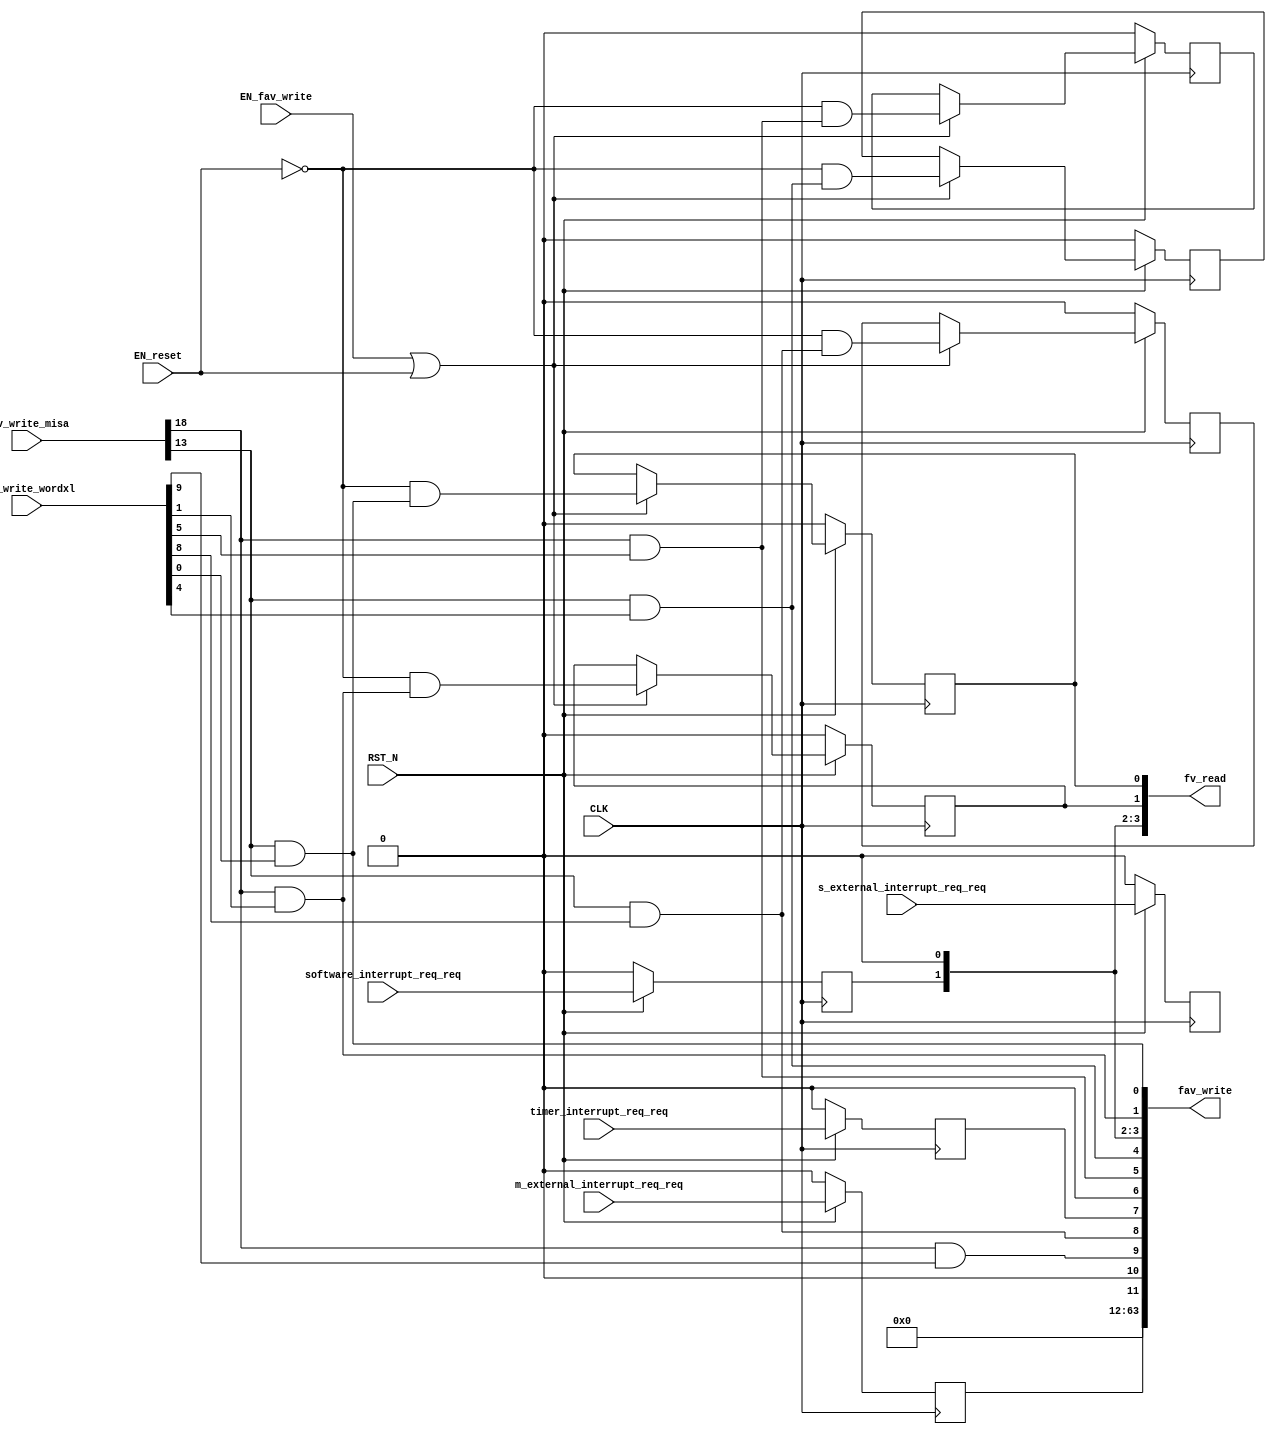
//
// Generated by Bluespec Compiler, version 2018.10.beta1 (build e1df8052c, 2018-10-17)
//
//
//
//
// Ports:
// Name                         I/O  size props
// fv_read                        O    64
// fav_write                      O    64
// CLK                            I     1 clock
// RST_N                          I     1 reset
// fav_write_misa                 I    28
// fav_write_wordxl               I    64
// m_external_interrupt_req_req   I     1 reg
// s_external_interrupt_req_req   I     1 reg
// software_interrupt_req_req     I     1 reg
// timer_interrupt_req_req        I     1 reg
// EN_reset                       I     1
// EN_fav_write                   I     1
//
// Combinational paths from inputs to outputs:
//   (fav_write_misa, fav_write_wordxl) -> fav_write
//
//

`ifdef BSV_ASSIGNMENT_DELAY
`else
  `define BSV_ASSIGNMENT_DELAY
`endif

`ifdef BSV_POSITIVE_RESET
  `define BSV_RESET_VALUE 1'b1
  `define BSV_RESET_EDGE posedge
`else
  `define BSV_RESET_VALUE 1'b0
  `define BSV_RESET_EDGE negedge
`endif

module mkCSR_MIP(CLK,
		 RST_N,

		 EN_reset,

		 fv_read,

		 fav_write_misa,
		 fav_write_wordxl,
		 EN_fav_write,
		 fav_write,

		 m_external_interrupt_req_req,

		 s_external_interrupt_req_req,

		 software_interrupt_req_req,

		 timer_interrupt_req_req);
  input  CLK;
  input  RST_N;

  // action method reset
  input  EN_reset;

  // value method fv_read
  output [63 : 0] fv_read;

  // actionvalue method fav_write
  input  [27 : 0] fav_write_misa;
  input  [63 : 0] fav_write_wordxl;
  input  EN_fav_write;
  output [63 : 0] fav_write;

  // action method m_external_interrupt_req
  input  m_external_interrupt_req_req;

  // action method s_external_interrupt_req
  input  s_external_interrupt_req_req;

  // action method software_interrupt_req
  input  software_interrupt_req_req;

  // action method timer_interrupt_req
  input  timer_interrupt_req_req;

  // signals for module outputs
  wire [63 : 0] fav_write, fv_read;

  // register rg_meip
  reg rg_meip;
  wire rg_meip$D_IN, rg_meip$EN;

  // register rg_msip
  reg rg_msip;
  wire rg_msip$D_IN, rg_msip$EN;

  // register rg_mtip
  reg rg_mtip;
  wire rg_mtip$D_IN, rg_mtip$EN;

  // register rg_seip
  reg rg_seip;
  wire rg_seip$D_IN, rg_seip$EN;

  // register rg_ssip
  reg rg_ssip;
  wire rg_ssip$D_IN, rg_ssip$EN;

  // register rg_stip
  reg rg_stip;
  wire rg_stip$D_IN, rg_stip$EN;

  // register rg_ueip
  reg rg_ueip;
  wire rg_ueip$D_IN, rg_ueip$EN;

  // register rg_usip
  reg rg_usip;
  wire rg_usip$D_IN, rg_usip$EN;

  // register rg_utip
  reg rg_utip;
  wire rg_utip$D_IN, rg_utip$EN;

  // rule scheduling signals
  wire CAN_FIRE_fav_write,
       CAN_FIRE_m_external_interrupt_req,
       CAN_FIRE_reset,
       CAN_FIRE_s_external_interrupt_req,
       CAN_FIRE_software_interrupt_req,
       CAN_FIRE_timer_interrupt_req,
       WILL_FIRE_fav_write,
       WILL_FIRE_m_external_interrupt_req,
       WILL_FIRE_reset,
       WILL_FIRE_s_external_interrupt_req,
       WILL_FIRE_software_interrupt_req,
       WILL_FIRE_timer_interrupt_req;

  // remaining internal signals
  wire [11 : 0] new_mip__h524, new_mip__h942;
  wire seip__h558, ssip__h562, stip__h560, ueip__h559, usip__h563, utip__h561;

  // action method reset
  assign CAN_FIRE_reset = 1'd1 ;
  assign WILL_FIRE_reset = EN_reset ;

  // value method fv_read
  assign fv_read = { 52'd0, new_mip__h524 } ;

  // actionvalue method fav_write
  assign fav_write = { 52'd0, new_mip__h942 } ;
  assign CAN_FIRE_fav_write = 1'd1 ;
  assign WILL_FIRE_fav_write = EN_fav_write ;

  // action method m_external_interrupt_req
  assign CAN_FIRE_m_external_interrupt_req = 1'd1 ;
  assign WILL_FIRE_m_external_interrupt_req = 1'd1 ;

  // action method s_external_interrupt_req
  assign CAN_FIRE_s_external_interrupt_req = 1'd1 ;
  assign WILL_FIRE_s_external_interrupt_req = 1'd1 ;

  // action method software_interrupt_req
  assign CAN_FIRE_software_interrupt_req = 1'd1 ;
  assign WILL_FIRE_software_interrupt_req = 1'd1 ;

  // action method timer_interrupt_req
  assign CAN_FIRE_timer_interrupt_req = 1'd1 ;
  assign WILL_FIRE_timer_interrupt_req = 1'd1 ;

  // register rg_meip
  assign rg_meip$D_IN = m_external_interrupt_req_req ;
  assign rg_meip$EN = 1'b1 ;

  // register rg_msip
  assign rg_msip$D_IN = software_interrupt_req_req ;
  assign rg_msip$EN = 1'b1 ;

  // register rg_mtip
  assign rg_mtip$D_IN = timer_interrupt_req_req ;
  assign rg_mtip$EN = 1'b1 ;

  // register rg_seip
  assign rg_seip$D_IN = s_external_interrupt_req_req ;
  assign rg_seip$EN = 1'b1 ;

  // register rg_ssip
  assign rg_ssip$D_IN = !EN_reset && ssip__h562 ;
  assign rg_ssip$EN = EN_fav_write || EN_reset ;

  // register rg_stip
  assign rg_stip$D_IN = !EN_reset && stip__h560 ;
  assign rg_stip$EN = EN_fav_write || EN_reset ;

  // register rg_ueip
  assign rg_ueip$D_IN = !EN_reset && ueip__h559 ;
  assign rg_ueip$EN = EN_fav_write || EN_reset ;

  // register rg_usip
  assign rg_usip$D_IN = !EN_reset && usip__h563 ;
  assign rg_usip$EN = EN_fav_write || EN_reset ;

  // register rg_utip
  assign rg_utip$D_IN = !EN_reset && utip__h561 ;
  assign rg_utip$EN = EN_fav_write || EN_reset ;

  // remaining internal signals
  assign new_mip__h524 =
	     { rg_meip,
	       1'b0,
	       rg_seip,
	       rg_ueip,
	       rg_mtip,
	       1'b0,
	       rg_stip,
	       rg_utip,
	       rg_msip,
	       1'b0,
	       rg_ssip,
	       rg_usip } ;
  assign new_mip__h942 =
	     { rg_meip,
	       1'b0,
	       seip__h558,
	       ueip__h559,
	       rg_mtip,
	       1'b0,
	       stip__h560,
	       utip__h561,
	       rg_msip,
	       1'b0,
	       ssip__h562,
	       usip__h563 } ;
  assign seip__h558 = fav_write_misa[18] && fav_write_wordxl[9] ;
  assign ssip__h562 = fav_write_misa[18] && fav_write_wordxl[1] ;
  assign stip__h560 = fav_write_misa[18] && fav_write_wordxl[5] ;
  assign ueip__h559 = fav_write_misa[13] && fav_write_wordxl[8] ;
  assign usip__h563 = fav_write_misa[13] && fav_write_wordxl[0] ;
  assign utip__h561 = fav_write_misa[13] && fav_write_wordxl[4] ;

  // handling of inlined registers

  always@(posedge CLK)
  begin
    if (RST_N == `BSV_RESET_VALUE)
      begin
        rg_meip <= `BSV_ASSIGNMENT_DELAY 1'd0;
	rg_msip <= `BSV_ASSIGNMENT_DELAY 1'd0;
	rg_mtip <= `BSV_ASSIGNMENT_DELAY 1'd0;
	rg_seip <= `BSV_ASSIGNMENT_DELAY 1'd0;
	rg_ssip <= `BSV_ASSIGNMENT_DELAY 1'd0;
	rg_stip <= `BSV_ASSIGNMENT_DELAY 1'd0;
	rg_ueip <= `BSV_ASSIGNMENT_DELAY 1'd0;
	rg_usip <= `BSV_ASSIGNMENT_DELAY 1'd0;
	rg_utip <= `BSV_ASSIGNMENT_DELAY 1'd0;
      end
    else
      begin
        if (rg_meip$EN) rg_meip <= `BSV_ASSIGNMENT_DELAY rg_meip$D_IN;
	if (rg_msip$EN) rg_msip <= `BSV_ASSIGNMENT_DELAY rg_msip$D_IN;
	if (rg_mtip$EN) rg_mtip <= `BSV_ASSIGNMENT_DELAY rg_mtip$D_IN;
	if (rg_seip$EN) rg_seip <= `BSV_ASSIGNMENT_DELAY rg_seip$D_IN;
	if (rg_ssip$EN) rg_ssip <= `BSV_ASSIGNMENT_DELAY rg_ssip$D_IN;
	if (rg_stip$EN) rg_stip <= `BSV_ASSIGNMENT_DELAY rg_stip$D_IN;
	if (rg_ueip$EN) rg_ueip <= `BSV_ASSIGNMENT_DELAY rg_ueip$D_IN;
	if (rg_usip$EN) rg_usip <= `BSV_ASSIGNMENT_DELAY rg_usip$D_IN;
	if (rg_utip$EN) rg_utip <= `BSV_ASSIGNMENT_DELAY rg_utip$D_IN;
      end
  end

  // synopsys translate_off
  `ifdef BSV_NO_INITIAL_BLOCKS
  `else // not BSV_NO_INITIAL_BLOCKS
  initial
  begin
    rg_meip = 1'h0;
    rg_msip = 1'h0;
    rg_mtip = 1'h0;
    rg_seip = 1'h0;
    rg_ssip = 1'h0;
    rg_stip = 1'h0;
    rg_ueip = 1'h0;
    rg_usip = 1'h0;
    rg_utip = 1'h0;
  end
  `endif // BSV_NO_INITIAL_BLOCKS
  // synopsys translate_on
endmodule  // mkCSR_MIP